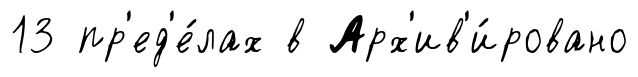
13 пр'ед'е́лах в Арх'ив'и́ровано